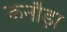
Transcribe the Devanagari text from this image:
कनौड़ा